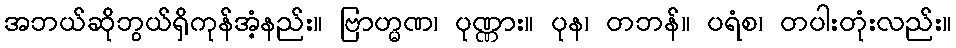
အဘယ်ဆိုဘွယ်ရှိကုန်အံ့နည်း။ ဗြာဟ္မဏ၊ ပုဏ္ဏား။ ပုန၊ တဘန်။ ပရံစ၊ တပါးတုံးလည်း။